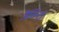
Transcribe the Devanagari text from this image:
जैसिन्टो